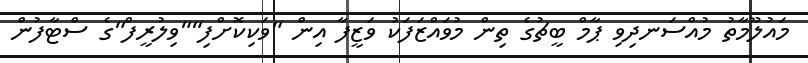
މައުލޫމާތު މުއްސަނދިވި ޕާމް ބީޗުގެ ތިން މުވައްޒަފަކު ވަޒީފާ އިން "ވަކިކޮށްފި""ވިލުރީފް"ގެ ސްޓާފުން